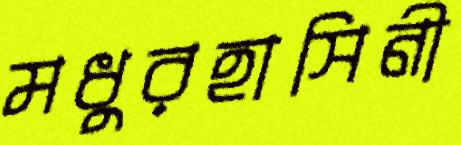
মধুরহাসিনী